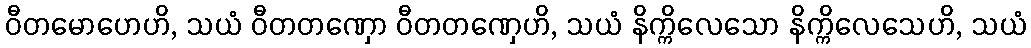
ဝီတမောဟေဟိ, သယံ ဝီတတဏှော ဝီတတဏှေဟိ, သယံ နိက္ကိလေသော နိက္ကိလေသေဟိ, သယံ